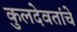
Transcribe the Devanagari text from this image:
कुलदेवतांचे